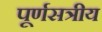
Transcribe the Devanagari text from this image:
पूर्णसत्रीय